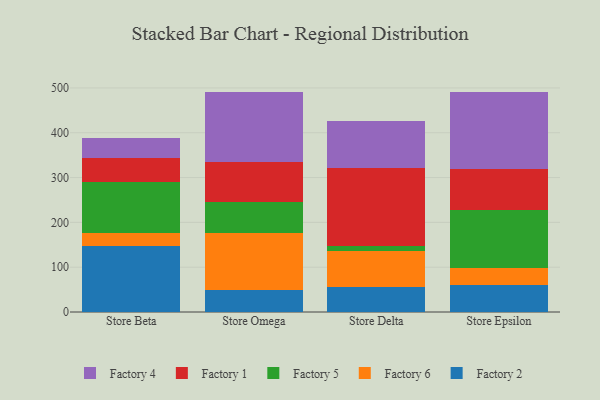
{"axis": {"x": "Store", "y": "Temperature (°C)"}, "legend": ["Factory 1", "Factory 2", "Factory 4", "Factory 5", "Factory 6"], "data": [{"x": "Store Beta", "y": 147.9, "type": "Factory 2"}, {"x": "Store Beta", "y": 28.9, "type": "Factory 6"}, {"x": "Store Beta", "y": 114.4, "type": "Factory 5"}, {"x": "Store Beta", "y": 51.7, "type": "Factory 1"}, {"x": "Store Beta", "y": 44.5, "type": "Factory 4"}, {"x": "Store Omega", "y": 49.9, "type": "Factory 2"}, {"x": "Store Omega", "y": 126.9, "type": "Factory 6"}, {"x": "Store Omega", "y": 68.8, "type": "Factory 5"}, {"x": "Store Omega", "y": 88.1, "type": "Factory 1"}, {"x": "Store Omega", "y": 157.2, "type": "Factory 4"}, {"x": "Store Delta", "y": 55.9, "type": "Factory 2"}, {"x": "Store Delta", "y": 80.5, "type": "Factory 6"}, {"x": "Store Delta", "y": 11.2, "type": "Factory 5"}, {"x": "Store Delta", "y": 173.9, "type": "Factory 1"}, {"x": "Store Delta", "y": 103.9, "type": "Factory 4"}, {"x": "Store Epsilon", "y": 59.6, "type": "Factory 2"}, {"x": "Store Epsilon", "y": 37.8, "type": "Factory 6"}, {"x": "Store Epsilon", "y": 129.6, "type": "Factory 5"}, {"x": "Store Epsilon", "y": 92.2, "type": "Factory 1"}, {"x": "Store Epsilon", "y": 172.6, "type": "Factory 4"}]}